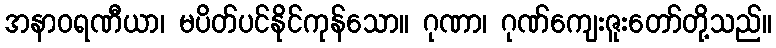
အနာဝရဏီယာ၊ မပိတ်ပင်နိုင်ကုန်သော။ ဂုဏာ၊ ဂုဏ်ကျေးဇူးတော်တို့သည်။